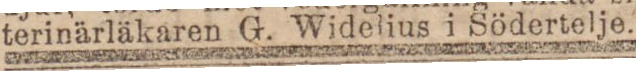
terinärläkaren G. Widelius i Södertelje.